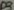
Text: D3